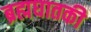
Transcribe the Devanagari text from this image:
ब्रह्मघातकी